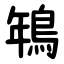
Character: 鵇